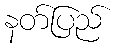
နတ်ပြည်